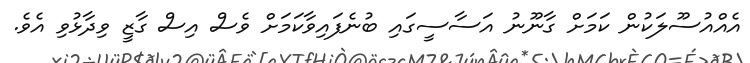
އެއްއުސޫލަކުން ކަމަށް ގާނޫނު އަސާސީގައި ބުނެފައިވާކަމަށް ވެސް އިސް ގާޒީ ވިދާޅުވި އެވެ.